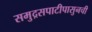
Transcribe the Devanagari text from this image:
समुद्रसपाटीपासुनची